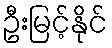
ဦးမြင့်နိုင်